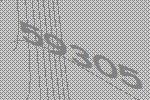
59305